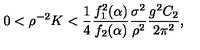
0 < \rho ^ { - 2 } K < { \frac { 1 } { 4 } } { \frac { f _ { 1 } ^ { 2 } ( \alpha ) } { f _ { 2 } ( \alpha ) } } { \frac { \sigma ^ { 2 } } { \rho ^ { 2 } } } { \frac { g ^ { 2 } C _ { 2 } } { 2 \pi ^ { 2 } } } ,